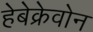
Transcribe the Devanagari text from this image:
हेबेक्रेवोन